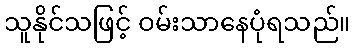
သူနိုင်သဖြင့် ဝမ်းသာနေပုံရသည်။